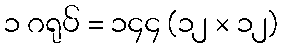
၁ ဂရုပ် = ၁၄၄ (၁၂ × ၁၂)